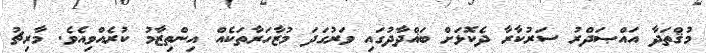
މުޤްތަދާ އައްޞަދްރު ސަރުކާރާ ދެކޮޅަށް ބަޣްދާދުގައި ވަރުގަދަ މުޒާހަރާތަކެއް އިންތިޒާމު ކުރެއްވިއެވެ. މާރިޗު